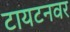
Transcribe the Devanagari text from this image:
टायटनवर